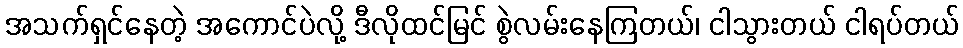
အသက်ရှင်နေတဲ့ အကောင်ပဲလို့ ဒီလိုထင်မြင် စွဲလမ်းနေကြတယ်၊ ငါသွားတယ် ငါရပ်တယ်